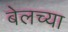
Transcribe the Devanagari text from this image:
बेलच्या